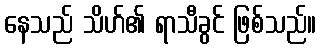
နေသည် သိဟ်၏ ရာသီခွင် ဖြစ်သည်။